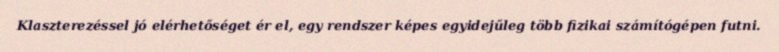
Klaszterezéssel jó elérhetőséget ér el, egy rendszer képes egyidejűleg több fizikai számítógépen futni.